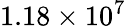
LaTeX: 1.18\times 10^{7}